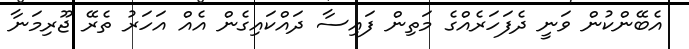
އެބޭންކުން ވަނީ ދެފަހަރެއްގެ މަތިން ފައިސާ ދައްކައިގެން އެއް އަހަރު ތެރޭ ޖޫރިމަނާ